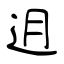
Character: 迌